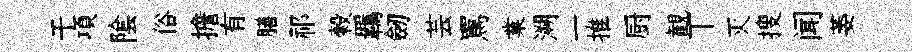
干項隂俗擔有膳祁榖羈劒芸罵業溯一推厨観丅灭搜闻萎